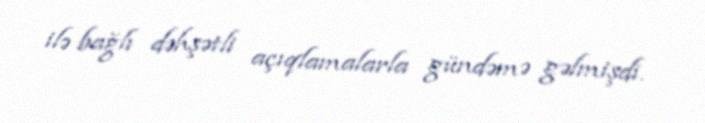
ilə bağlı dəhşətli açıqlamalarla gündəmə gəlmişdi.